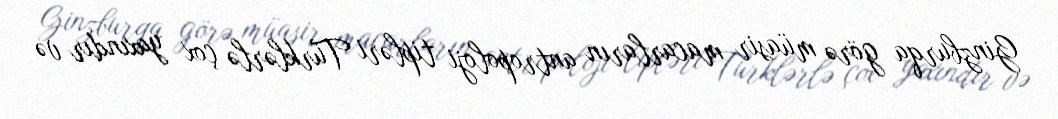
Ginzburqa görə müasir macarların antropoloji tipləri Türklərlə çox yaxındır və